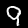
Digit: 9